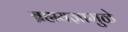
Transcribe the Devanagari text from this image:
ब्रह्मयज्ञामुळे